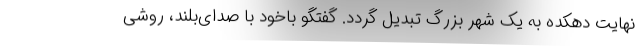
نهایت دهکده به یک شهر بزرگ تبدیل گردد. گفتگو باخود با صدای‌بلند، روشی